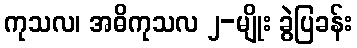
ကုသလ၊ အဓိကုသလ ၂-မျိုး ခွဲပြခန်း